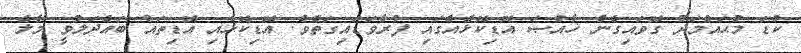
ކުޑަ މުޙައްމަދު ގޮވައިގެން ޚާއްޞަ އޮޑިކޮޅެއްގައި ފުރާވަޑައިގަތެވެ. އޮޑިކޮޅާއި އޮޑިތައް ބައްދަލުވީ މާލެ